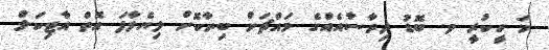
މަ ހީކުރީ ވ. ބޮޑު ދިރާސާއެއްގެ މައްޗަށް ބިނާކޮށް ލިޔެލާފަ އޮތް އާޓިކަލް